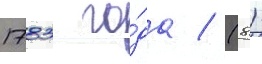
1783 го́да / (8)